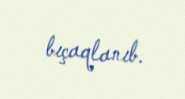
bıçaqlanıb.